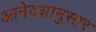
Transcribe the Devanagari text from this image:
आनेदशानुसार